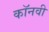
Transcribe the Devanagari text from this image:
कॉनवी